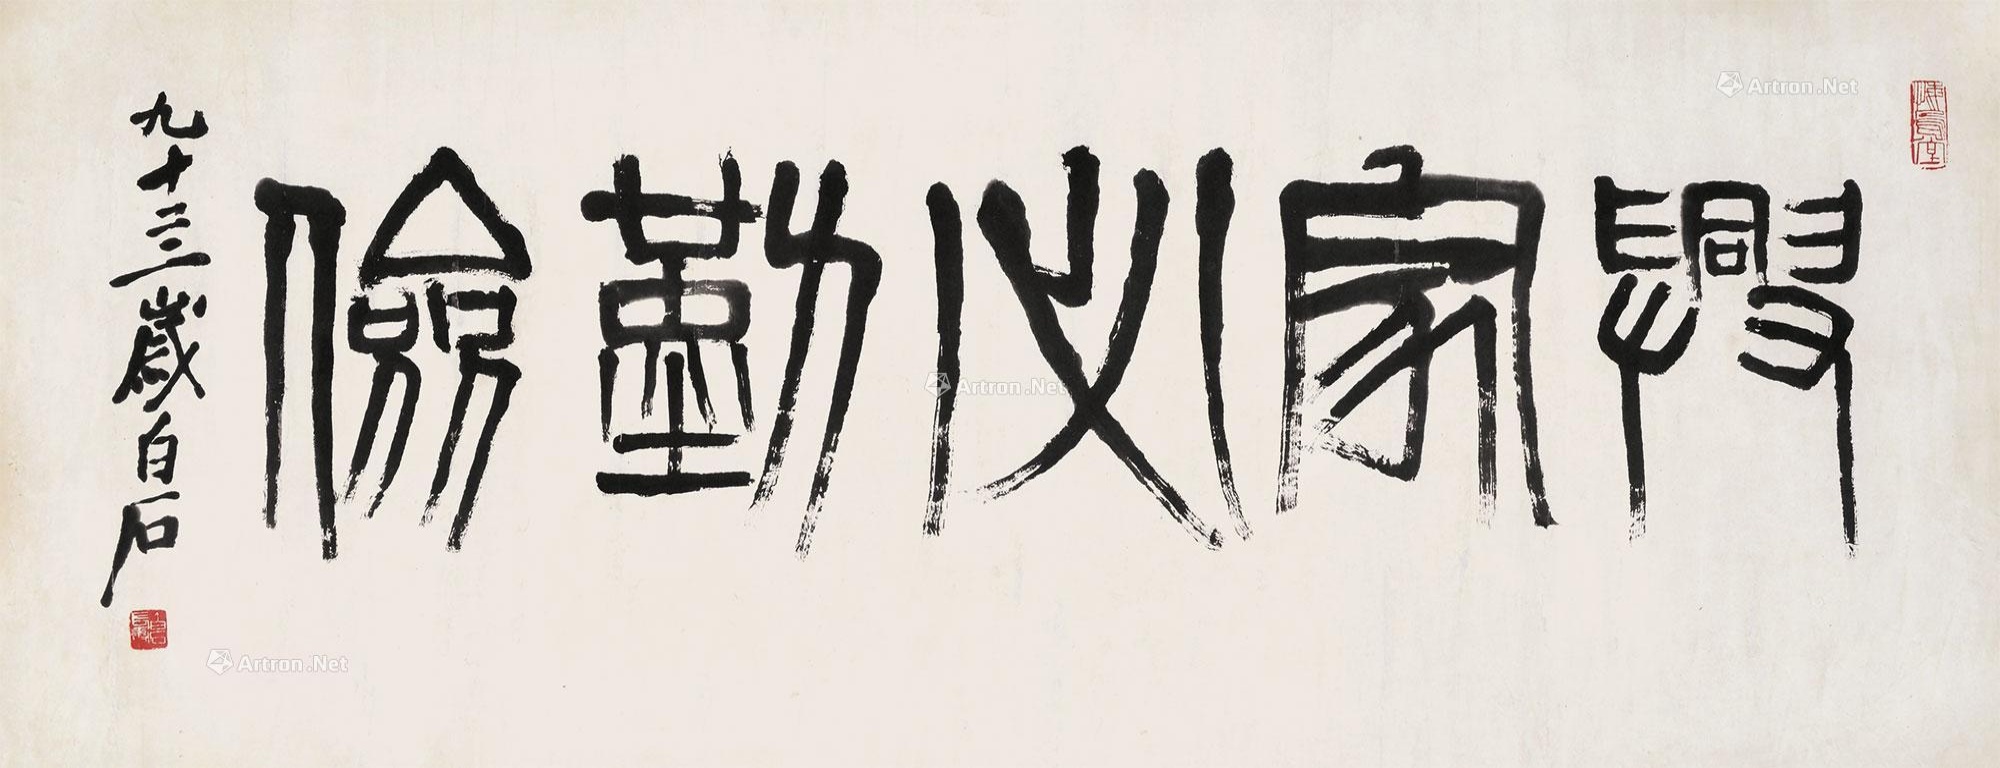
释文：兴家必勤俭。九十四岁白石。